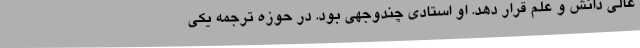
عالی دانش و علم قرار دهد. او استادی چندوجهی بود. در حوزه ترجمه یکی